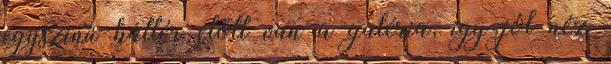
egyszínű háttér előtt van a galéria, így jól néz